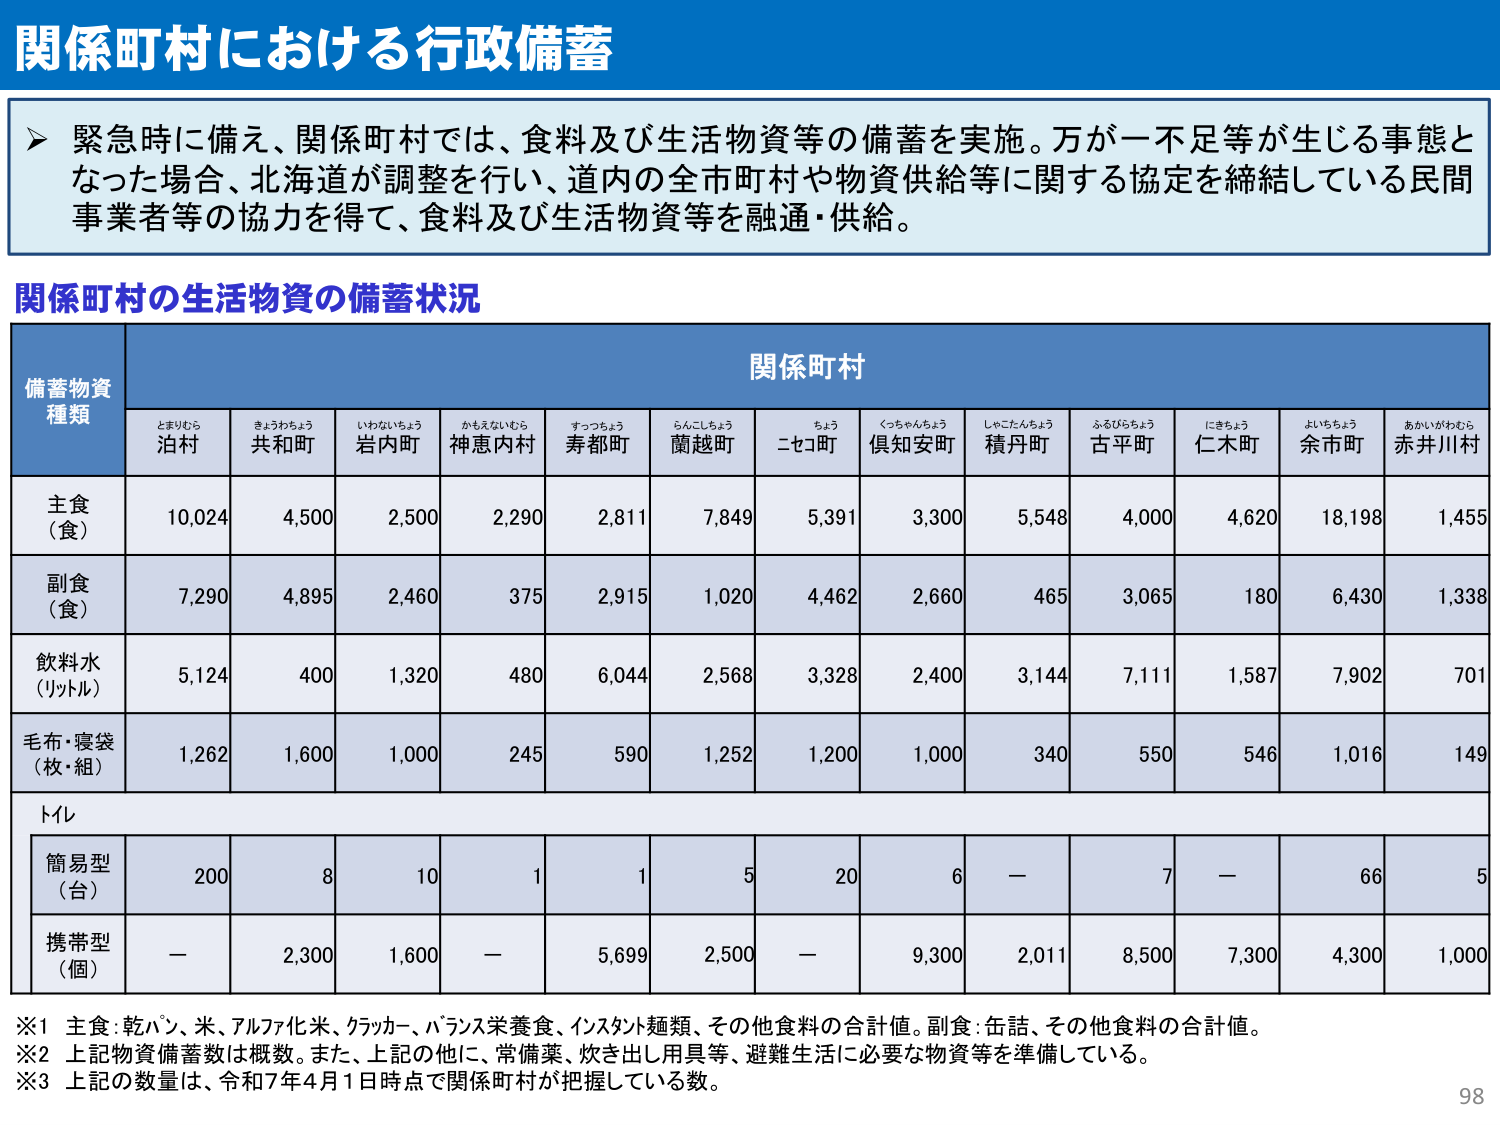
関係町村における行政備蓄

➤ 緊急時に備え、関係町村では、食料及び生活物資等の備蓄を実施。万が一不足等が生じる事態となった場合、北海道が調整を行い、道内の全市町村や物資供給等に関する協定を締結している民間事業者等の協力を得て、食料及び生活物資等を融通・供給。

関係町村の生活物資の備蓄状況

備蓄物資種類　　関係町村
　　　　　　　　とまりむら　きょうわちょう　いわないちょう　かもえないむら　すつちょう　らんじしょう　ちょう　くつちゃんちょう　しゃこたんちょう　ふるひらちょう　にきちょう　よいちょう　あかいがわむら
　　　　　　　　泊村　　　　共和町　　　　岩内町　　　　神恵内村　　　寿都町　　　蘭越町　　　ニセコ町　　　倶知安町　　　積丹町　　　古平町　　　仁木町　　　余市町　　　赤井川村

主食（食）　　　10,024　　　4,500　　　　2,500　　　　2,290　　　　2,811　　　　7,849　　　　5,391　　　　3,300　　　　5,548　　　　4,000　　　　4,620　　　　18,198　　　1,455
副食（食）　　　7,290　　　　4,895　　　　2,460　　　　375　　　　　2,915　　　　1,020　　　　4,462　　　　2,660　　　　465　　　　　3,065　　　　180　　　　　6,430　　　　1,338
飲料水（リットル）　5,124　　　400　　　　　1,320　　　　480　　　　　6,044　　　　2,568　　　　3,328　　　　2,400　　　　3,144　　　　7,111　　　　1,587　　　　7,902　　　　701
毛布・寝袋（枚・組）　1,262　　　1,600　　　　1,000　　　　245　　　　　590　　　　　1,252　　　　1,200　　　　1,000　　　　340　　　　　550　　　　　546　　　　　1,016　　　　149

トイレ
簡易型（台）　　200　　　　8　　　　　　10　　　　　1　　　　　　1　　　　　　5　　　　　　20　　　　　6　　　　　　－　　　　　　7　　　　　　－　　　　　　66　　　　　5
携帯型（個）　　－　　　　2,300　　　　1,600　　　　－　　　　　　5,699　　　　2,500　　　　－　　　　　　9,300　　　　2,011　　　　8,500　　　　7,300　　　　4,300　　　　1,000

※1 主食：乾パン、米、アルファ化米、クッカー、バランス栄養食、インスタント麺類、その他食料の合計値。副食：缶詰、その他食料の合計値。
※2 上記物資備蓄数は概数。また、上記の他に、常備薬、炊き出し用具等、避難生活に必要な物資等を準備している。
※3 上記の数量は、令和7年4月1日時点で関係町村が把握している数。

98